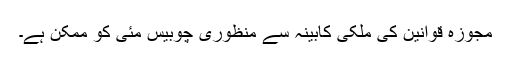
مجوزہ قوانين کی ملکی کابينہ سے منظوری چوبيس مئی کو ممکن ہے۔